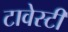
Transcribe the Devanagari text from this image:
टावेस्टी